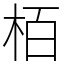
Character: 栢